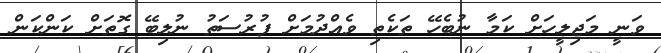
ވަނީ މަޖިލީހަށް ކަމާ ނުބެހޭ ތަކެތި ވެއްދުމަށް ފުރުސަތު ނުލިބޭ ގޮތަށް ކަންކަން